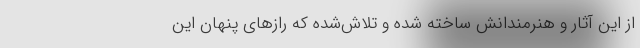
از این آثار و هنرمندانش ساخته شده و تلاش‌شده که رازهای پنهان این